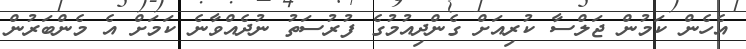
އެހެން ކަމުން ޖަލްސާ ކުރިއަށް ގެންދިއުމުގެ ފުރުސަތު ނުދެއްވާނެ ކަމަށް އެ މެންބަރުން